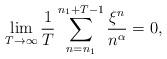
LaTeX: \begin{align*}\lim_{T\rightarrow \infty} \frac 1T \sum_{n=n_1}^{n_1+T-1}\frac {\xi^n}{n^{\alpha}}=0,\end{align*}